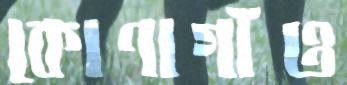
কোণাগাঁও